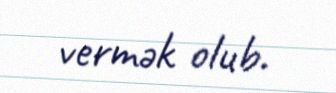
vermək olub.